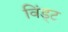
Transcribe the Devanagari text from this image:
विंड्ट